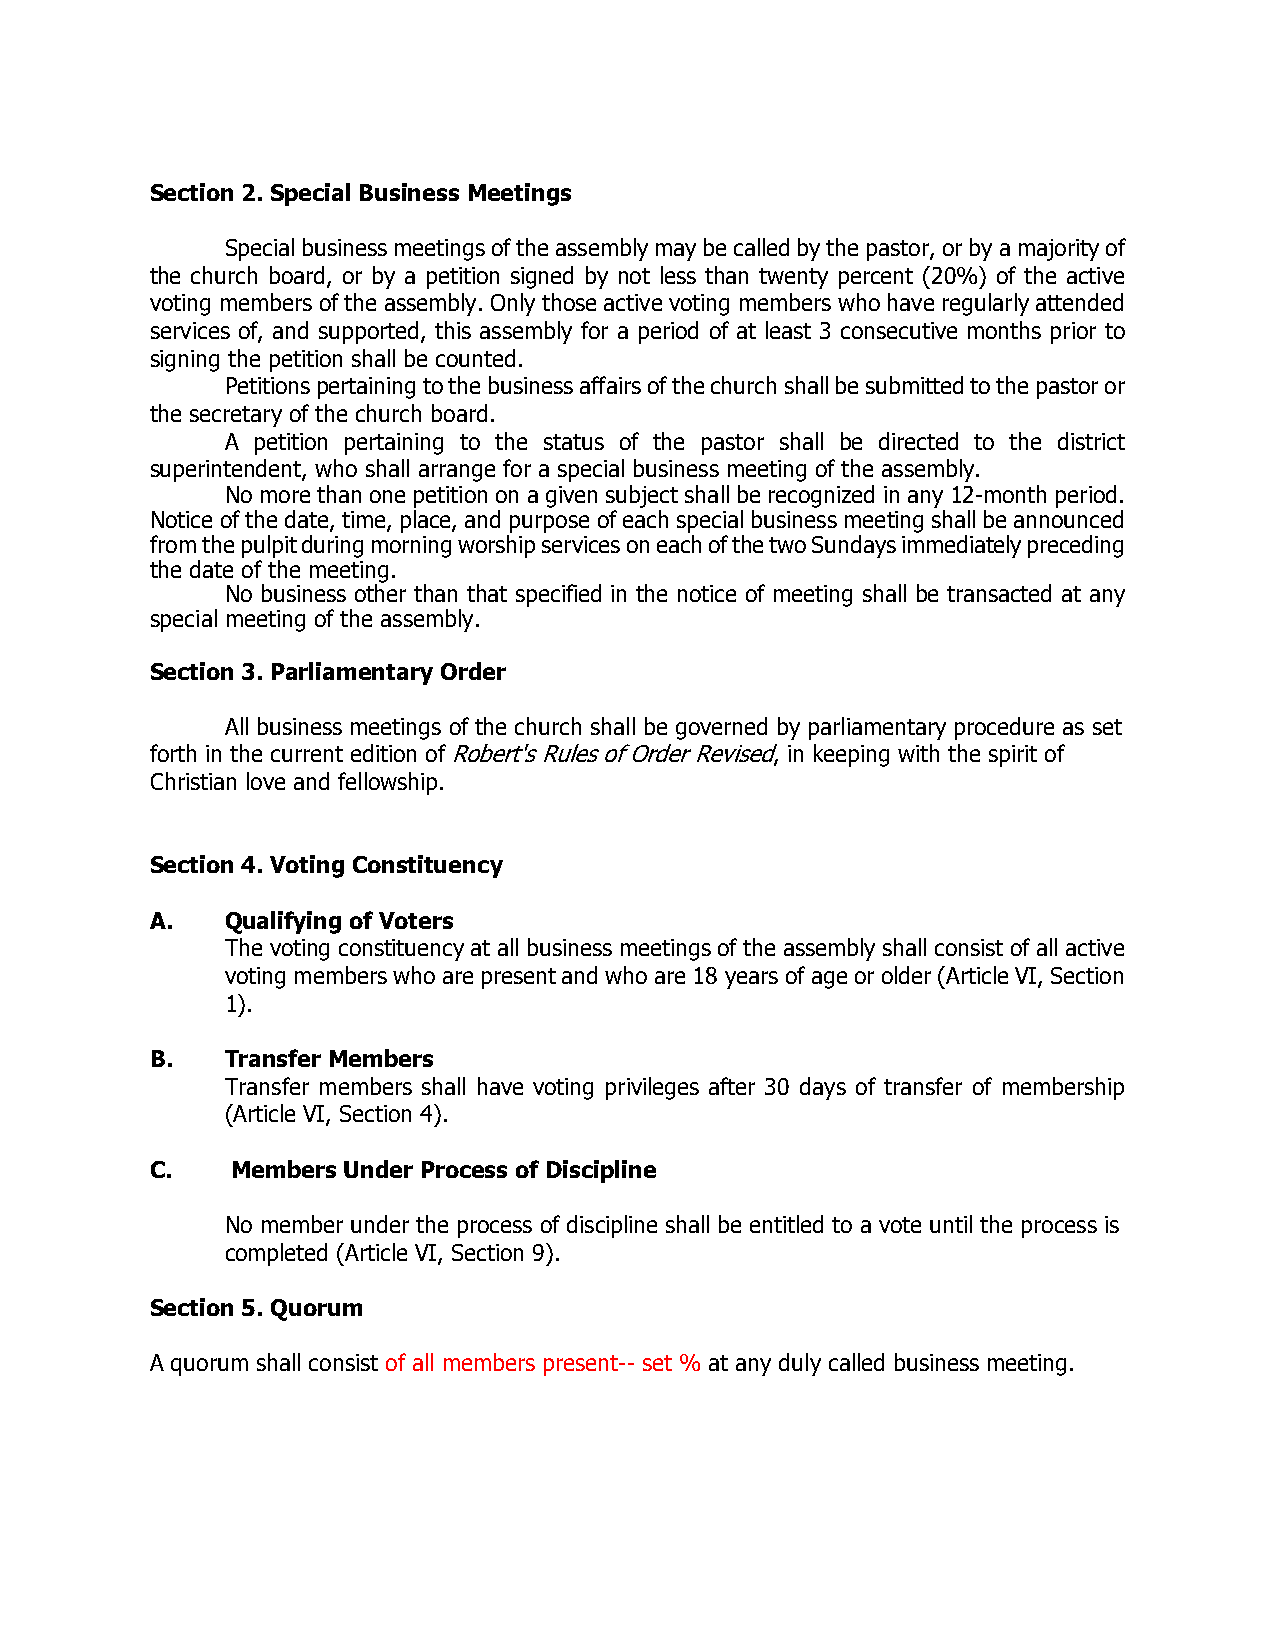
Section 2. Special Business Meetings
 Special business meetings of the assembly may be called by the pastor, or by a majority of
 the church board, or by a petition signed by not less than twenty percent (20%) of the active
 voting members of the assembly. Only those active voting members who have regularly attended
 services of, and supported, this assembly for a period of at least 3 consecutive months prior to
 signing the petition shall be counted.
 Petitions pertaining to the business affairs of the church shall be submitted to the pastor or
 the secretary of the church board.
 A petition pertaining to the status of the pastor shall be directed to the district
 superintendent, who shall arrange for a special business meeting of the assembly.
 No more than one petition on a given subject shall be recognized in any 12-month period.
 Notice of the date, time, place, and purpose of each special business meeting shall be announced
 from the pulpit during morning worship services on each of the two Sundays immediately preceding
 the date of the meeting.
 No business other than that specified in the notice of meeting shall be transacted at any
 special meeting of the assembly.
 Section 3. Parliamentary Order
 All business meetings of the church shall be governed by parliamentary procedure as set
 forth in the current edition of Robert's Rules of Order Revised, in keeping with the spirit of
 Christian love and fellowship.
 Section 4. Voting Constituency
 A.   Qualifying of Voters
 The voting constituency at all business meetings of the assembly shall consist of all active
 voting members who are present and who are 18 years of age or older (Article VI, Section
 1).
 B.   Transfer Members
 Transfer members shall have voting privileges after 30 days of transfer of membership
 (Article VI, Section 4).
 C.   Members Under Process of Discipline
 No member under the process of discipline shall be entitled to a vote until the process is
 completed (Article VI, Section 9).
 Section 5. Quorum
 A quorum shall consist of all members present-- set % at any duly called business meeting.